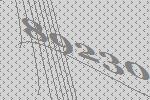
89230